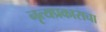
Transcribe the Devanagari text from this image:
नृत्यप्रकाराचा